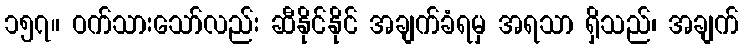
၁၅၇။ ဝက်သားသော်လည်း ဆီနိုင်နိုင် အချက်ခံရမှ အရသာ ရှိသည်၊ အချက်